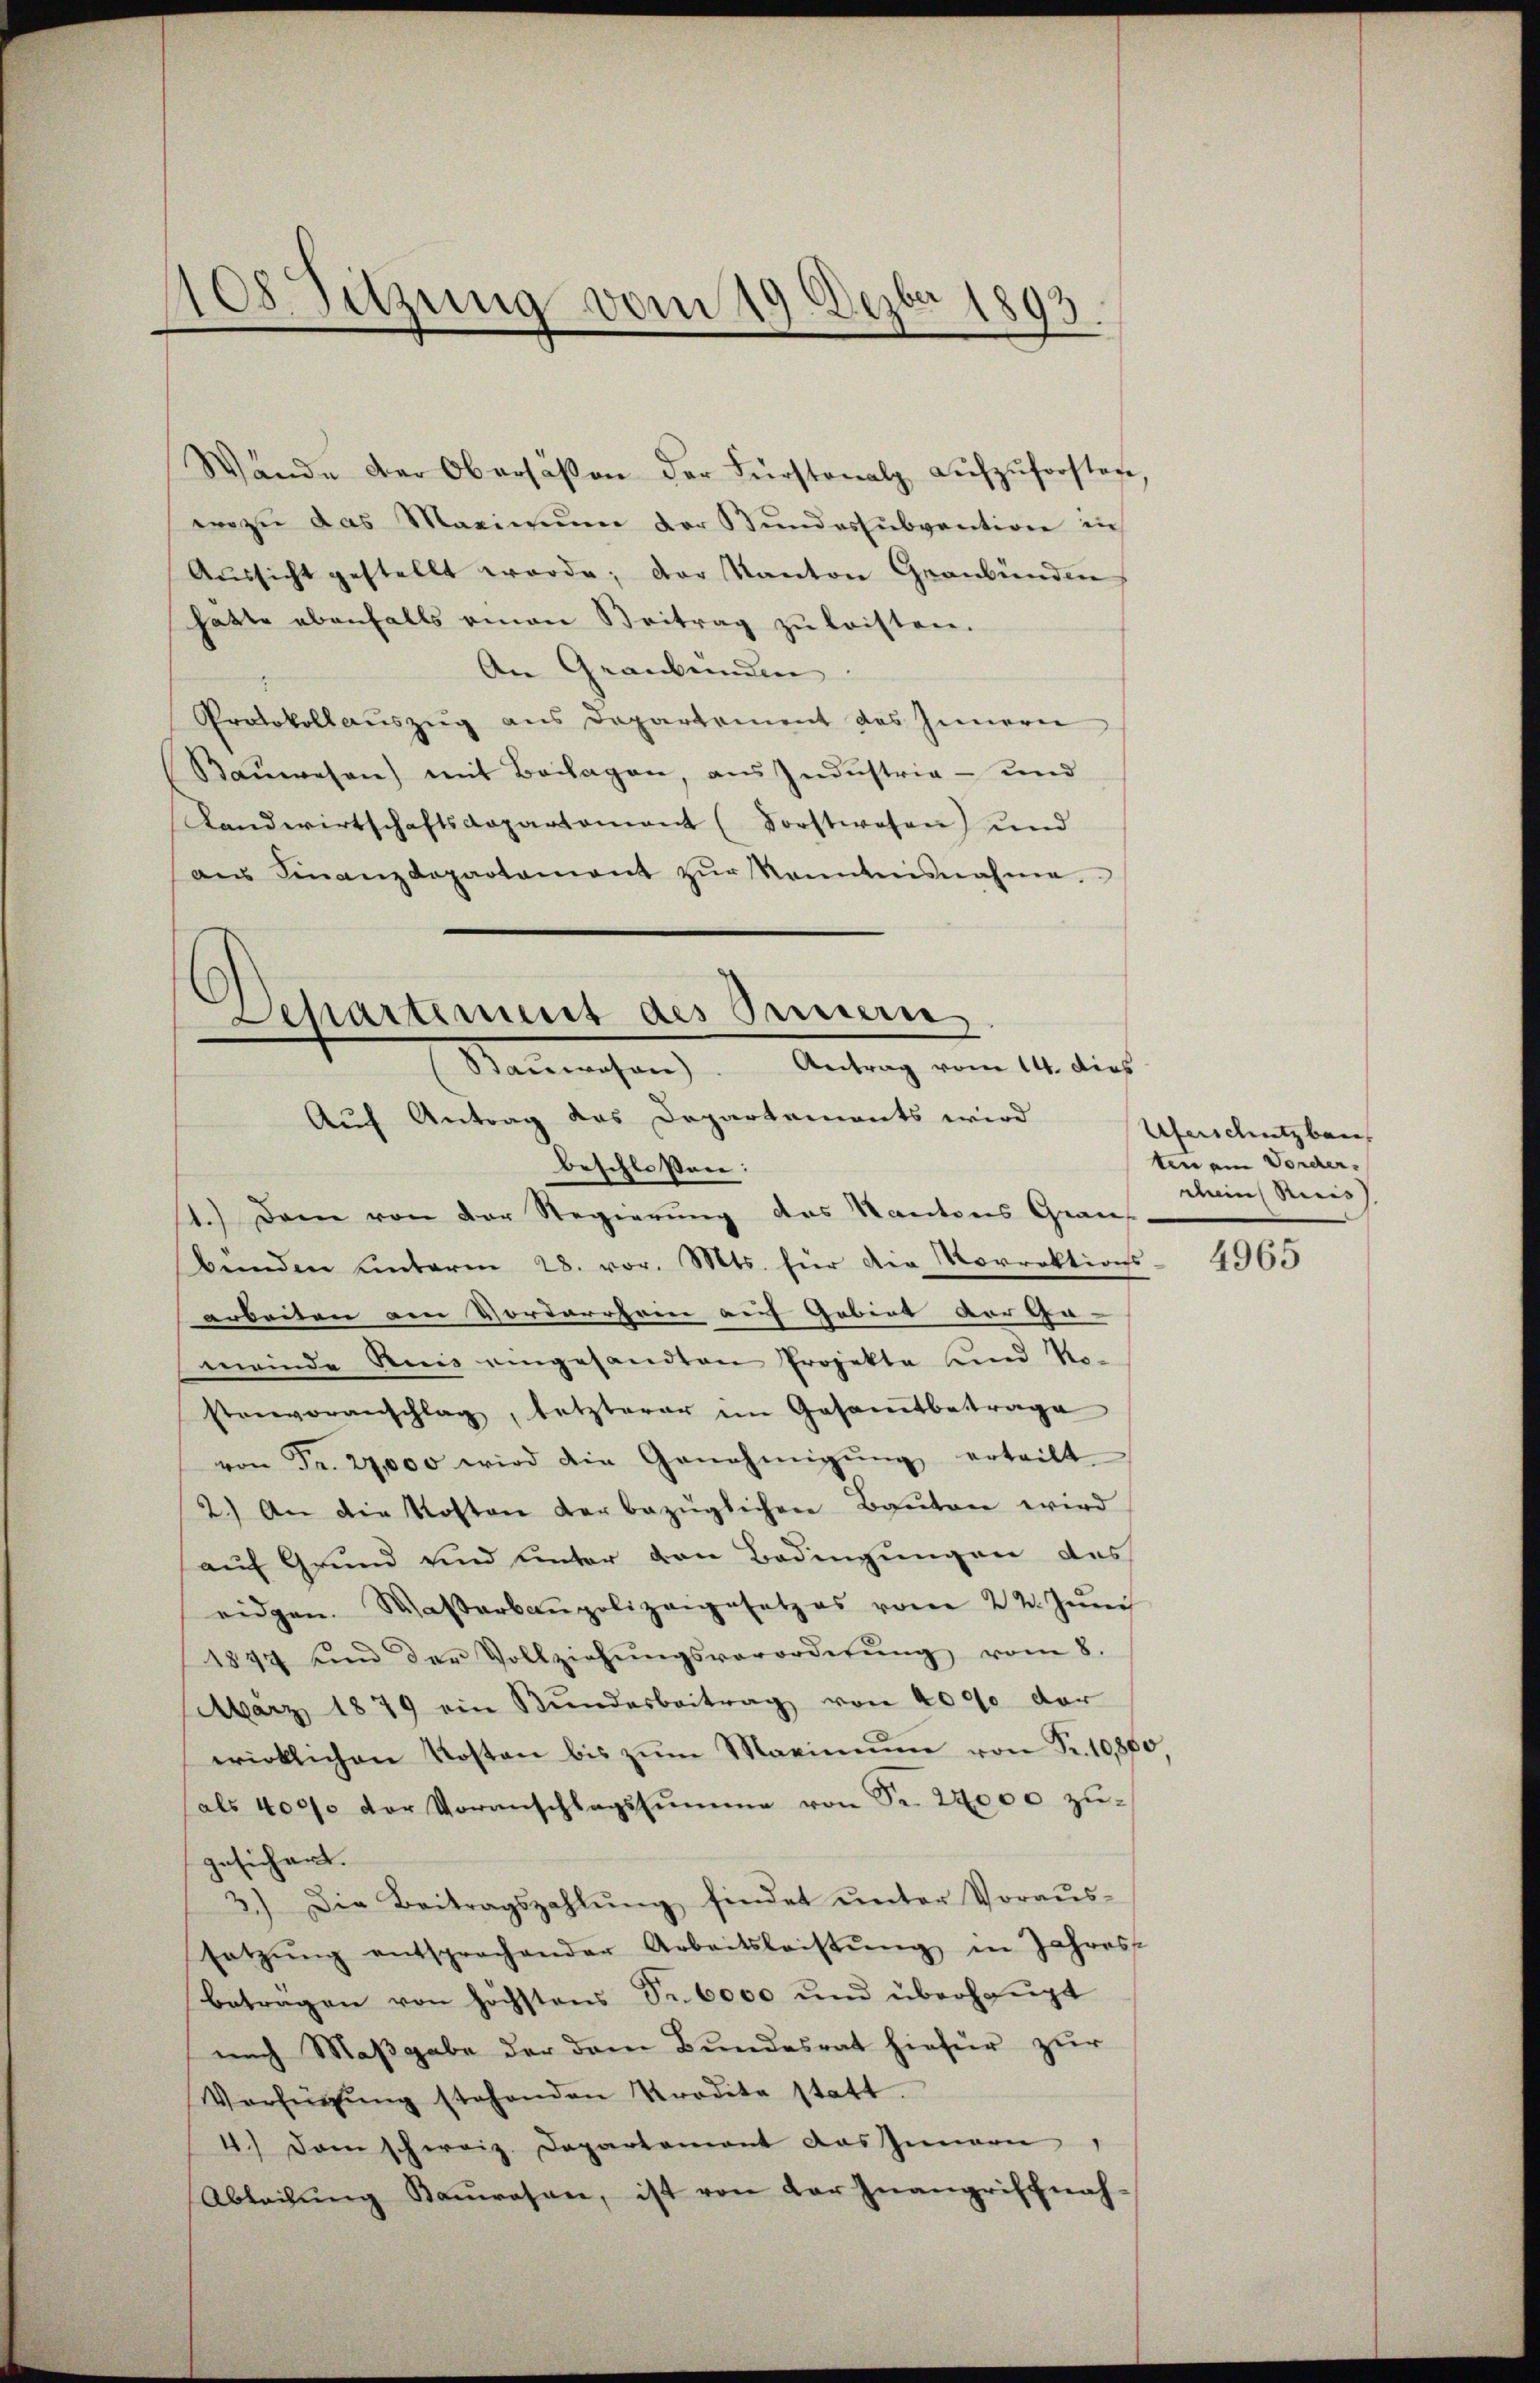
1108. Sitzung vom 19. Dezbr 1893.

Wände der Obersäßen der Fürstenalp aŭfzŭforsten
ei zu das Maximŭm der Bundessubvention in
Aŭssicht gestellt werde; der Kanton Graubünden
hatte ebenfalls einen Beitrag zŭ leisten.
An Graubünden
Protokollauszug aus Departement des Innern
Baŭwesen) mit Beilagen, ans Indŭstria - und
Landwirtschaftsdepartament (Forstwesen) und
aŭs Finanzdepartament zŭr Kenntnisnahme.

Departement des Sinnern
Sanwesen). Antrag vom 14. dies
Auf Antrag das Departements wird
beschloßen:

11.) Dem von der Regierung des Kantons Grau-
bünden unterm 28. vor. Mts. für die Korrektions
arbeiten am Vordarrhein auf Gebiet vor Ge- |
meinde Reis eingesandten Projekte und No-
stenvoranschlag, letzterer im Gesamtbetrage
von Fr. 27,000 wird die Genehmigŭng erteilt
2.) An die Kosten der bezüglichen Bauten wird
auf Grund und unter den Bedingungen des
eidgen. Wasserbaupolizangesetzes vom 22. Jŭni
1847 und der Vollziehŭngsverordnŭng vom 8.
März 1879 ein Bundesbeitrag von 4000 der
wirklichen Kosten bis zŭm Maximŭm von Fr. 10,800
als 4000 der Voranschlagssumme von Fr. 24000 zugesichert.
3.) Die Beitragszahlŭng findet ŭnter Voraŭs-
setzŭng entsprochender Arbeitsleistŭng in Jahress
betragen von höchstens Fr. 6000 und überhaŭpt
nach Maßgabe der dem Bundesrat hiefür zur
Verfügŭng stehenden Krodete statt.
4.) Dem schweiz. Departement das Innern
Abteilŭng Bauwesen, ist von der Inangriffnah-

Uferschutzbau
ten am Vorder-
chen Reis

4965